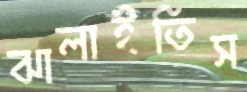
ঝালাইতিস